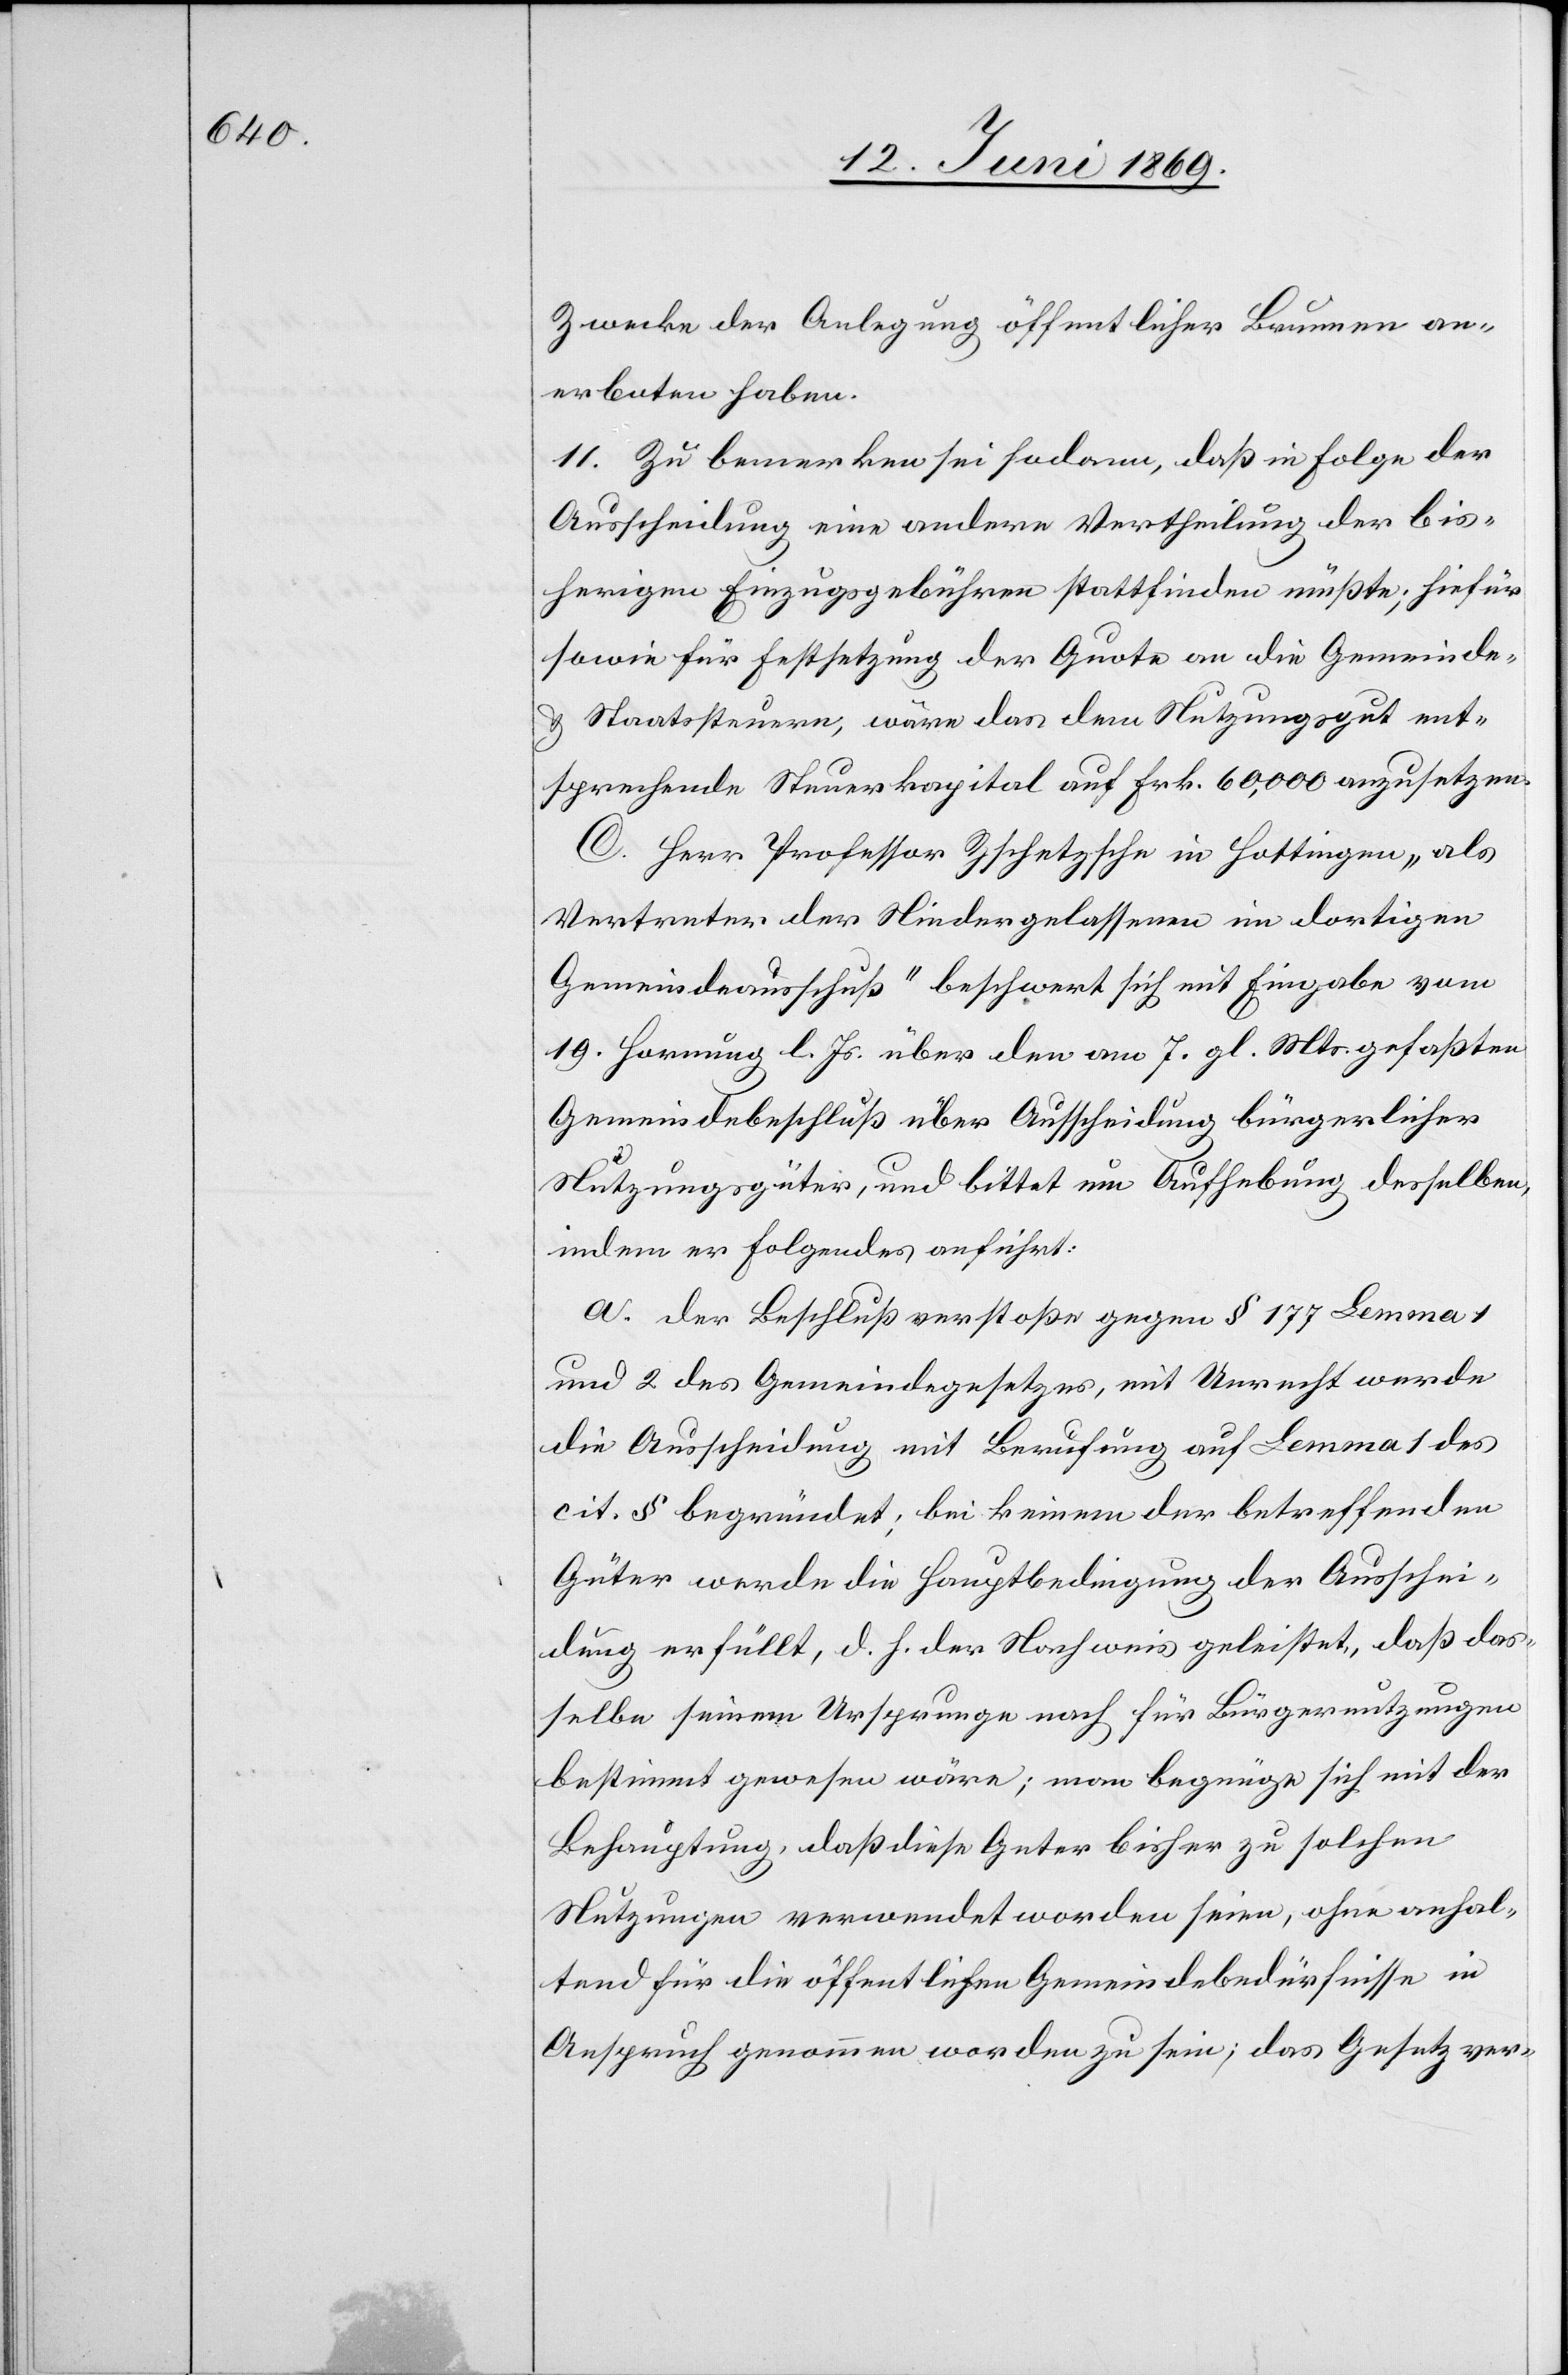
Zwecke der Anlegung öffentlicher Brunnen an¬
erboten haben.
11. Zu bemerken sei sodann, daß in Folge der
Ausscheidung eine andere Vertheilung der bis¬
herigen Einzugsgebühren stattfinden müßte; hiefür
sowie für Festsetzung der Quote an die Gemeinde-
u. Staatssteuern, wäre das dem Nutzungsgut ent¬
sprechende Steuerkapital auf Frk. 60,000 anzusetzen.
C. Herr Professor Zschetzsche in Hottingen, „als
Vertreter der Niedergelassenen im dortigen
Gemeindsausschuß“ beschwert sich mit Eingabe vom
19. Hornung l. Js. über den am 7. gl. Mts. gefaßten
Gemeindsbeschlußes über Ausscheidung bürgerlicher
Nutzungsgüter, und bittet um Aufhebung desselben,
indem er folgendes anführt:
a. Der Beschluß verstoße gegen § 177 Lemma 1
und 2 des Gemeindegesetzes, mit Unrecht werde
die Ausscheidung mit Berufung auf Lemma 1 des
cit. § begründet; bei keinem der betreffenden
Güter werde die Hauptbedingung der Ausschei¬
dung erfüllt, d. h. der Nachweis geleistet, daß das¬
selbe seinem Ursprunge nach für Bürgernutzungen
bestimmt gewesen wäre; man begnüge sich mit der
Behauptung, daß diese Guter [sic!] bisher zu solchen
Nutzungen verwendet worden seien, ohne anhal¬
tend für die öffentliche Gemeindebedürfnisse in
Anspruch genommen worden zu sein, das Gesetz ver-